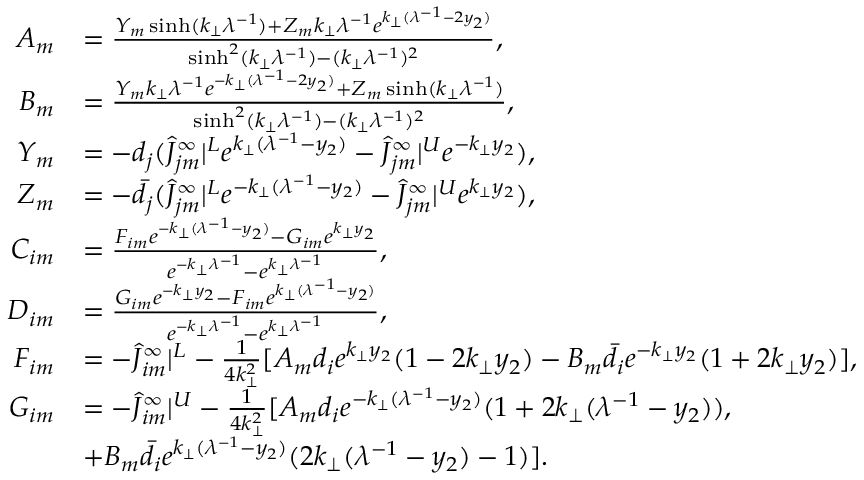
\begin{array} { r l } { A _ { m } } & { = \frac { Y _ { m } \sinh ( k _ { \perp } \lambda ^ { - 1 } ) + Z _ { m } k _ { \perp } \lambda ^ { - 1 } e ^ { k _ { \perp } ( \lambda ^ { - 1 } - 2 y _ { 2 } ) } } { \sinh ^ { 2 } ( k _ { \perp } \lambda ^ { - 1 } ) - ( k _ { \perp } \lambda ^ { - 1 } ) ^ { 2 } } , } \\ { B _ { m } } & { = \frac { Y _ { m } k _ { \perp } \lambda ^ { - 1 } e ^ { - k _ { \perp } ( \lambda ^ { - 1 } - 2 y _ { 2 } ) } + Z _ { m } \sinh ( k _ { \perp } \lambda ^ { - 1 } ) } { \sinh ^ { 2 } ( k _ { \perp } \lambda ^ { - 1 } ) - ( k _ { \perp } \lambda ^ { - 1 } ) ^ { 2 } } , } \\ { Y _ { m } } & { = - d _ { j } ( \hat { J } _ { j m } ^ { \infty } | ^ { L } e ^ { k _ { \perp } ( \lambda ^ { - 1 } - y _ { 2 } ) } - \hat { J } _ { j m } ^ { \infty } | ^ { U } e ^ { - k _ { \perp } y _ { 2 } } ) , } \\ { Z _ { m } } & { = - \bar { d } _ { j } ( \hat { J } _ { j m } ^ { \infty } | ^ { L } e ^ { - k _ { \perp } ( \lambda ^ { - 1 } - y _ { 2 } ) } - \hat { J } _ { j m } ^ { \infty } | ^ { U } e ^ { k _ { \perp } y _ { 2 } } ) , } \\ { C _ { i m } } & { = \frac { F _ { i m } e ^ { - k _ { \perp } ( \lambda ^ { - 1 } - y _ { 2 } ) } - G _ { i m } e ^ { k _ { \perp } y _ { 2 } } } { e ^ { - k _ { \perp } \lambda ^ { - 1 } } - e ^ { k _ { \perp } \lambda ^ { - 1 } } } , } \\ { D _ { i m } } & { = \frac { G _ { i m } e ^ { - k _ { \perp } y _ { 2 } } - F _ { i m } e ^ { k _ { \perp } ( \lambda ^ { - 1 } - y _ { 2 } ) } } { e ^ { - k _ { \perp } \lambda ^ { - 1 } } - e ^ { k _ { \perp } \lambda ^ { - 1 } } } , } \\ { F _ { i m } } & { = - \hat { J } _ { i m } ^ { \infty } | ^ { L } - \frac { 1 } { 4 k _ { \perp } ^ { 2 } } [ A _ { m } d _ { i } e ^ { k _ { \perp } y _ { 2 } } ( 1 - 2 k _ { \perp } y _ { 2 } ) - B _ { m } \bar { d } _ { i } e ^ { - k _ { \perp } y _ { 2 } } ( 1 + 2 k _ { \perp } y _ { 2 } ) ] , } \\ { G _ { i m } } & { = - \hat { J } _ { i m } ^ { \infty } | ^ { U } - \frac { 1 } { 4 k _ { \perp } ^ { 2 } } [ A _ { m } d _ { i } e ^ { - k _ { \perp } ( \lambda ^ { - 1 } - y _ { 2 } ) } ( 1 + 2 k _ { \perp } ( \lambda ^ { - 1 } - y _ { 2 } ) ) , } \\ & { + B _ { m } \bar { d } _ { i } e ^ { k _ { \perp } ( \lambda ^ { - 1 } - y _ { 2 } ) } ( 2 k _ { \perp } ( \lambda ^ { - 1 } - y _ { 2 } ) - 1 ) ] . } \end{array}